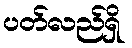
ပတ်လည်ရှိ